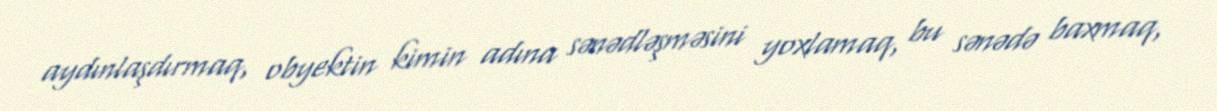
aydınlaşdırmaq, obyektin kimin adına sənədləşməsini yoxlamaq, bu sənədə baxmaq,